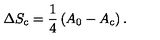
\Delta S _ { \mathrm { c } } = \frac { 1 } { 4 } \left( A _ { 0 } - A _ { \mathrm { c } } \right) .